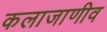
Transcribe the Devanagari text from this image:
कलाजाणीव